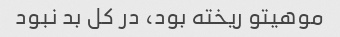
موهیتو ریخته بود، در کل بد نبود